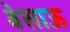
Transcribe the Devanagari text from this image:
बेसाऊ